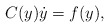
\begin{align*}C(y) \dot y = f(y),\end{align*}